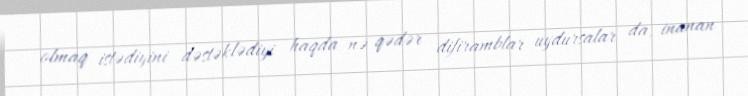
olmaq istədiyini dəstəklədiyi haqda nə qədər difiramblar uydursalar da, inanan